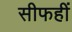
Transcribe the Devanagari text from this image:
सीफहीं